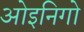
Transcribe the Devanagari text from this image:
ओइनिगो